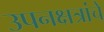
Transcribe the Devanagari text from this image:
उपनक्षत्रांचे